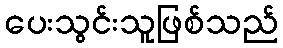
ပေးသွင်းသူဖြစ်သည်